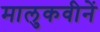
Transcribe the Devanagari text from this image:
मालुकवीनें